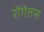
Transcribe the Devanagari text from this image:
रोंगेतस